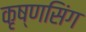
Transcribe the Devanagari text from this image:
कृष्णसिंग